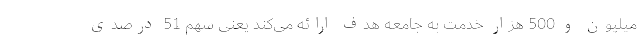
میلیون و 500 هزار خدمت به جامعه هدف ارائه می‌کند یعنی سهم 51 درصدی